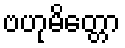
ဗဟုမိတ္တော